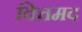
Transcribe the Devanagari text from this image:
वित्तमद